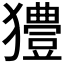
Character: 𤣁